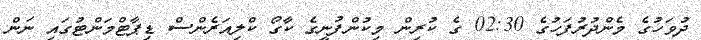
ދުވަހުގެ މެންދުރުފަހުގެ 02:30 ގެ ކުރިން މިކުންފުނީގެ ކާގޯ ކްލިއަރެންސް ޑިޕާޓްމަންޓުގައި ނަން